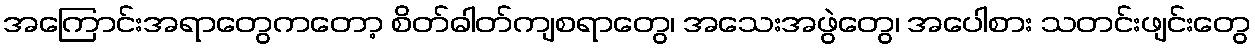
အကြောင်းအရာတွေကတော့ စိတ်ဓါတ်ကျစရာတွေ၊ အသေးအဖွဲတွေ၊ အပေါစား သတင်းဖျင်းတွေ